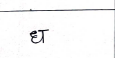
मजकूर: ध